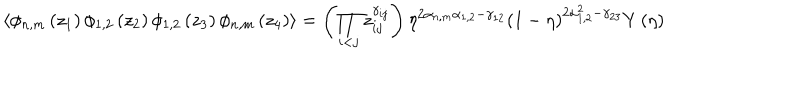
\langle \phi _ { n , m } \left( z _ { 1 } \right) \phi _ { 1 , 2 } \left( z _ { 2 } \right) \phi _ { 1 , 2 } \left( z _ { 3 } \right) \phi _ { n , m } \left( z _ { 4 } \right) \rangle = \left( \prod _ { i < j } z _ { i j } ^ { \gamma _ { i j } } \right) \eta ^ { 2 \alpha _ { n , m } \alpha _ { 1 , 2 } - \gamma _ { 1 2 } } \left( 1 - \eta \right) ^ { 2 \alpha _ { 1 , 2 } ^ { 2 } - \gamma _ { 2 3 } } Y \left( \eta \right)